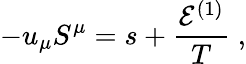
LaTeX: -u_{\mu}S^{\mu}=s+\frac{\mathcal{E}^{(1)}}{T}\; ,